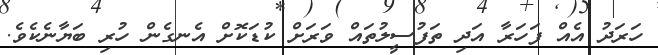
ހަރަދު އެއް ފަހަރާ އަދި ތަފުސީލުތައް ވަރަށް ކުޑަކޮށް އެނގެން ހުރި ބަޔާނެކެވެ.